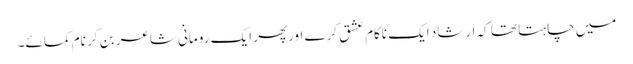
میں چاہتا تھا کہ ارشاد ایک ناکام عشق کرے اورپھر ایک رومانی شاعر بن کر نام کمائے۔